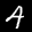
Label: 4